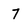
Character: 7